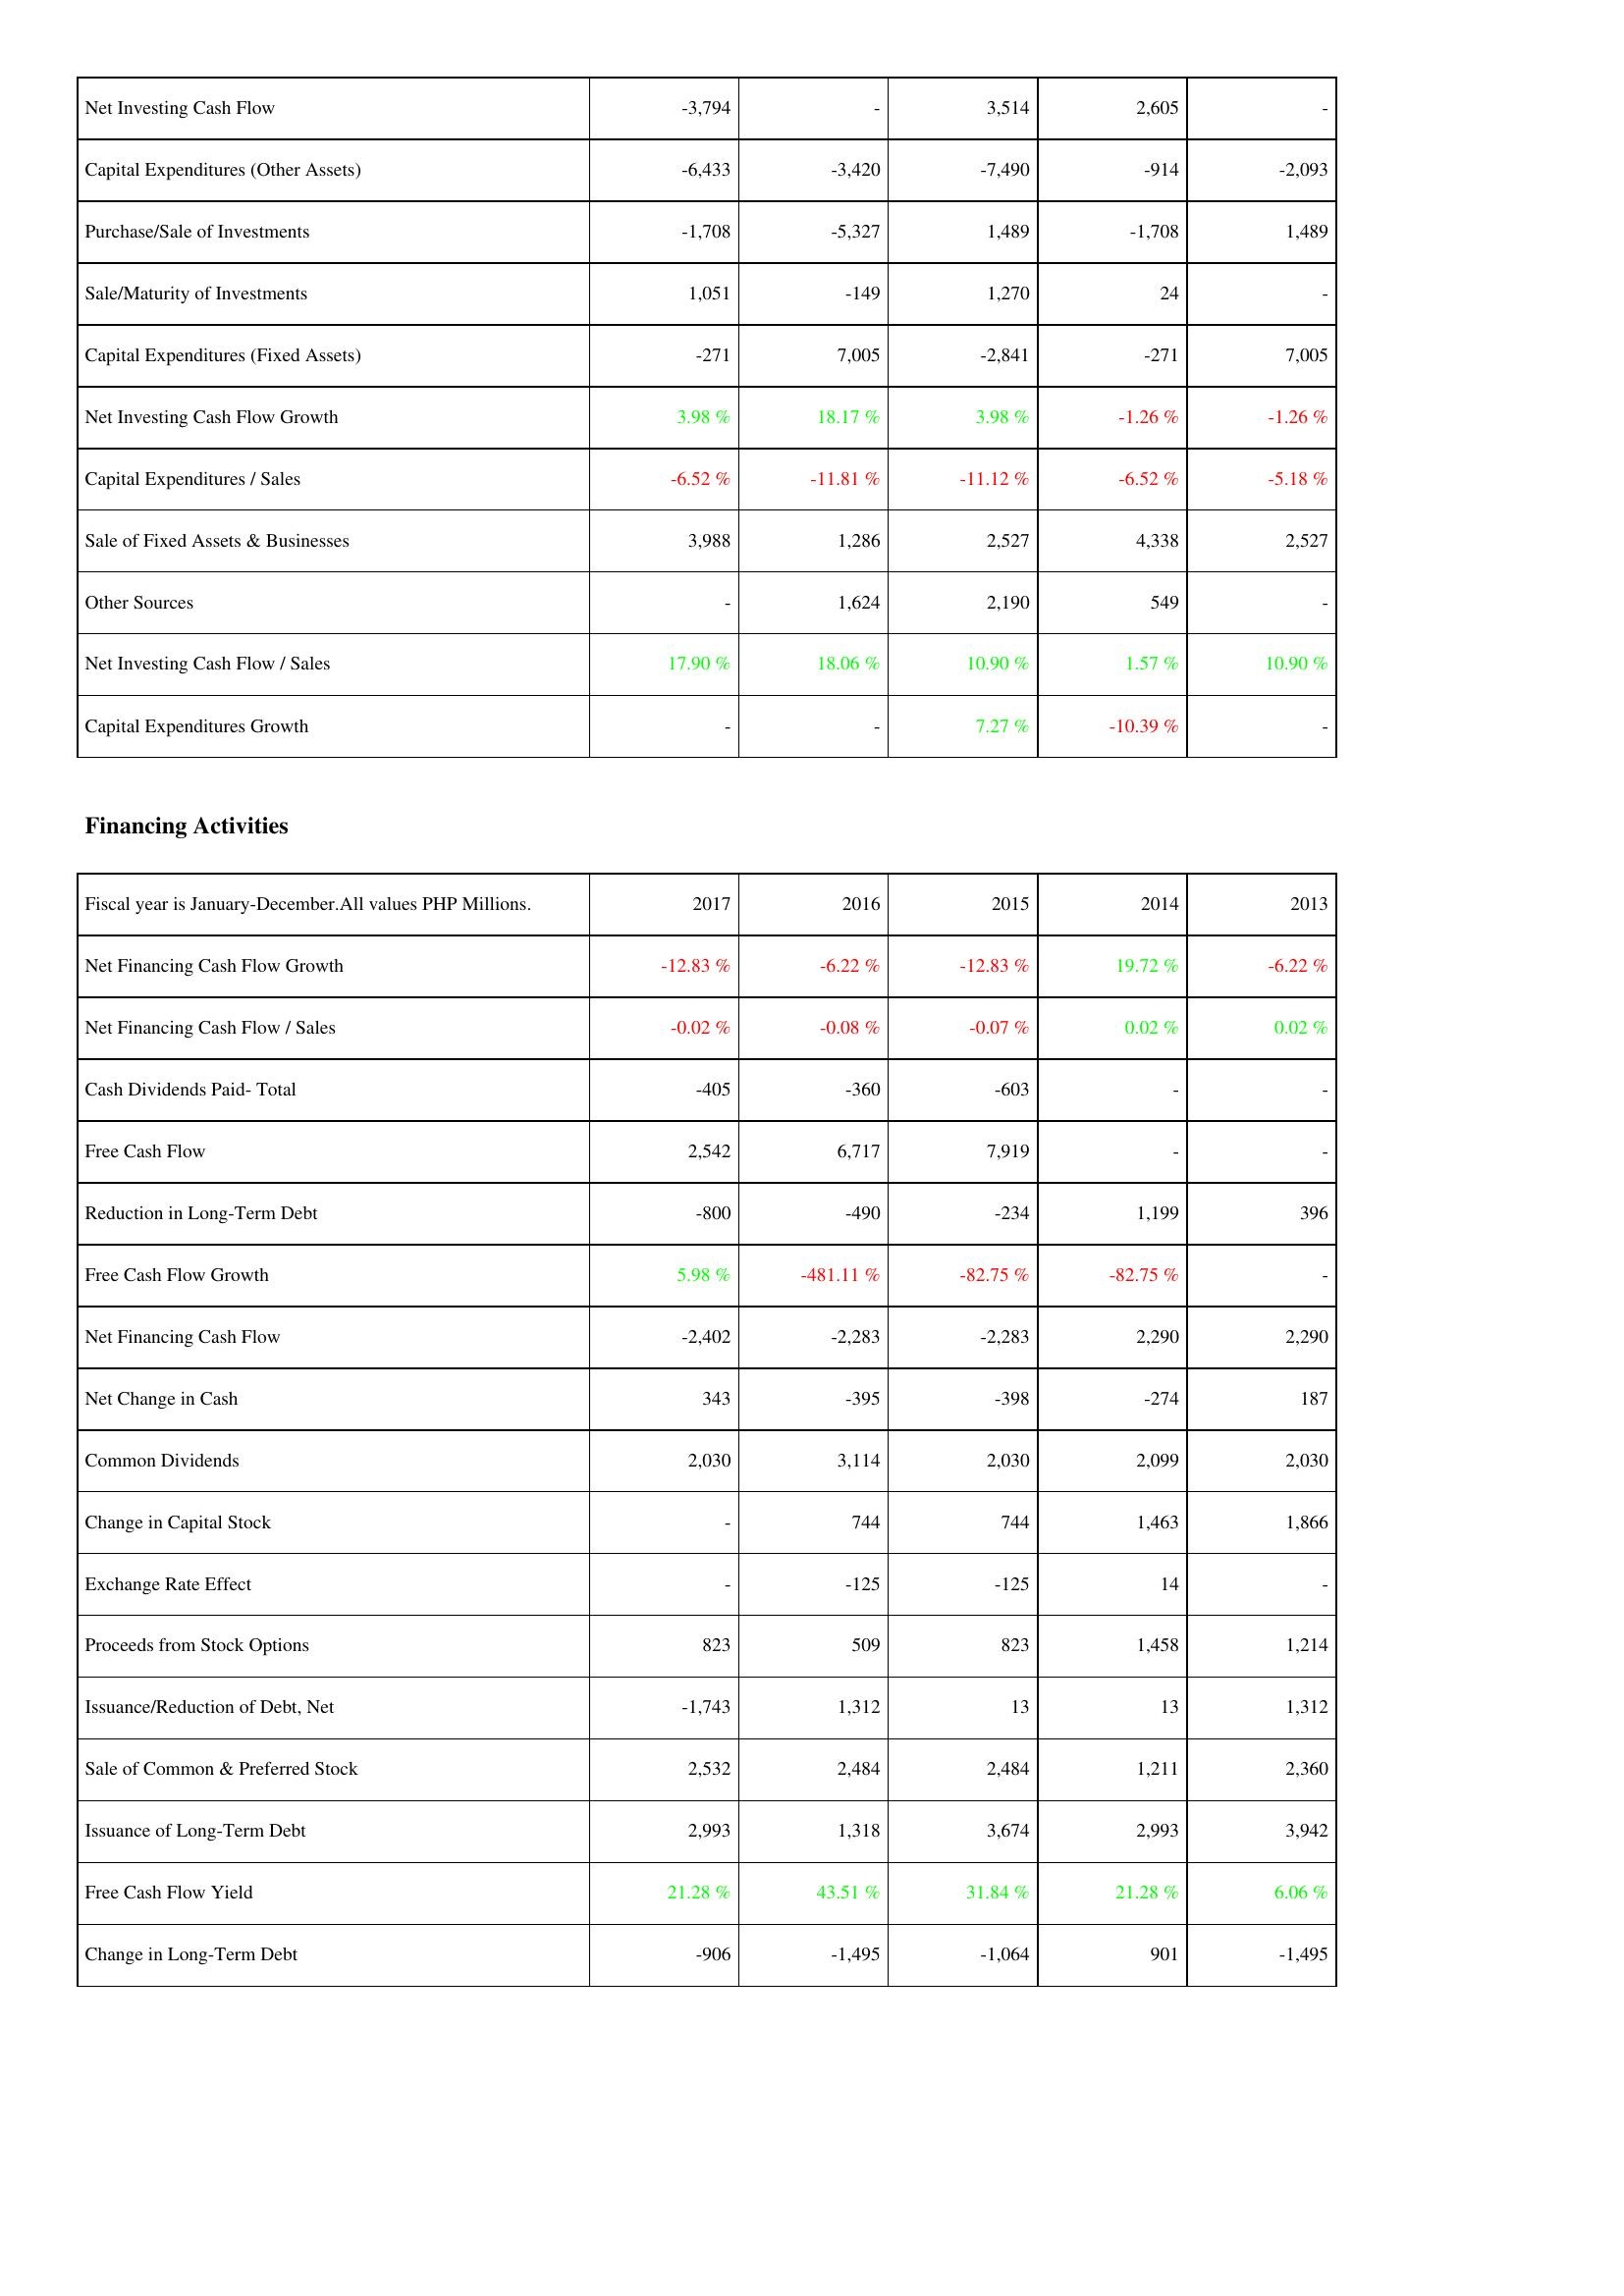
2017: Investing Activities: Net Investing Cash Flow: -3,794
Capital Expenditures (Other Assets): -6,433
Purchase/Sale of Investments: -1,708
Sale/Maturity of Investments: 1,051
Capital Expenditures (Fixed Assets): -271
Net Investing Cash Flow Growth: 3.98 %
Capital Expenditures / Sales: -6.52 %
Sale of Fixed Assets & Businesses: 3,988
Other Sources: -
Net Investing Cash Flow / Sales: 17.90 %
Capital Expenditures Growth: -
Financing Activities: Net Financing Cash Flow Growth: -12.83 %
Net Financing Cash Flow / Sales: -0.02 %
Cash Dividends Paid- Total: -405
Free Cash Flow: 2,542
Reduction in Long-Term Debt: -800
Free Cash Flow Growth: 5.98 %
Net Financing Cash Flow: -2,402
Net Change in Cash: 343
Common Dividends: 2,030
Change in Capital Stock: -
Exchange Rate Effect: -
Proceeds from Stock Options: 823
Issuance/Reduction of Debt, Net: -1,743
Sale of Common & Preferred Stock: 2,532
Issuance of Long-Term Debt: 2,993
Free Cash Flow Yield: 21.28 %
Change in Long-Term Debt: -906
2016: Investing Activities: Net Investing Cash Flow: -
Capital Expenditures (Other Assets): -3,420
Purchase/Sale of Investments: -5,327
Sale/Maturity of Investments: -149
Capital Expenditures (Fixed Assets): 7,005
Net Investing Cash Flow Growth: 18.17 %
Capital Expenditures / Sales: -11.81 %
Sale of Fixed Assets & Businesses: 1,286
Other Sources: 1,624
Net Investing Cash Flow / Sales: 18.06 %
Capital Expenditures Growth: -
Financing Activities: Net Financing Cash Flow Growth: -6.22 %
Net Financing Cash Flow / Sales: -0.08 %
Cash Dividends Paid- Total: -360
Free Cash Flow: 6,717
Reduction in Long-Term Debt: -490
Free Cash Flow Growth: -481.11 %
Net Financing Cash Flow: -2,283
Net Change in Cash: -395
Common Dividends: 3,114
Change in Capital Stock: 744
Exchange Rate Effect: -125
Proceeds from Stock Options: 509
Issuance/Reduction of Debt, Net: 1,312
Sale of Common & Preferred Stock: 2,484
Issuance of Long-Term Debt: 1,318
Free Cash Flow Yield: 43.51 %
Change in Long-Term Debt: -1,495
2015: Investing Activities: Net Investing Cash Flow: 3,514
Capital Expenditures (Other Assets): -7,490
Purchase/Sale of Investments: 1,489
Sale/Maturity of Investments: 1,270
Capital Expenditures (Fixed Assets): -2,841
Net Investing Cash Flow Growth: 3.98 %
Capital Expenditures / Sales: -11.12 %
Sale of Fixed Assets & Businesses: 2,527
Other Sources: 2,190
Net Investing Cash Flow / Sales: 10.90 %
Capital Expenditures Growth: 7.27 %
Financing Activities: Net Financing Cash Flow Growth: -12.83 %
Net Financing Cash Flow / Sales: -0.07 %
Cash Dividends Paid- Total: -603
Free Cash Flow: 7,919
Reduction in Long-Term Debt: -234
Free Cash Flow Growth: -82.75 %
Net Financing Cash Flow: -2,283
Net Change in Cash: -398
Common Dividends: 2,030
Change in Capital Stock: 744
Exchange Rate Effect: -125
Proceeds from Stock Options: 823
Issuance/Reduction of Debt, Net: 13
Sale of Common & Preferred Stock: 2,484
Issuance of Long-Term Debt: 3,674
Free Cash Flow Yield: 31.84 %
Change in Long-Term Debt: -1,064
2014: Investing Activities: Net Investing Cash Flow: 2,605
Capital Expenditures (Other Assets): -914
Purchase/Sale of Investments: -1,708
Sale/Maturity of Investments: 24
Capital Expenditures (Fixed Assets): -271
Net Investing Cash Flow Growth: -1.26 %
Capital Expenditures / Sales: -6.52 %
Sale of Fixed Assets & Businesses: 4,338
Other Sources: 549
Net Investing Cash Flow / Sales: 1.57 %
Capital Expenditures Growth: -10.39 %
Financing Activities: Net Financing Cash Flow Growth: 19.72 %
Net Financing Cash Flow / Sales: 0.02 %
Cash Dividends Paid- Total: -
Free Cash Flow: -
Reduction in Long-Term Debt: 1,199
Free Cash Flow Growth: -82.75 %
Net Financing Cash Flow: 2,290
Net Change in Cash: -274
Common Dividends: 2,099
Change in Capital Stock: 1,463
Exchange Rate Effect: 14
Proceeds from Stock Options: 1,458
Issuance/Reduction of Debt, Net: 13
Sale of Common & Preferred Stock: 1,211
Issuance of Long-Term Debt: 2,993
Free Cash Flow Yield: 21.28 %
Change in Long-Term Debt: 901
2013: Investing Activities: Net Investing Cash Flow: -
Capital Expenditures (Other Assets): -2,093
Purchase/Sale of Investments: 1,489
Sale/Maturity of Investments: -
Capital Expenditures (Fixed Assets): 7,005
Net Investing Cash Flow Growth: -1.26 %
Capital Expenditures / Sales: -5.18 %
Sale of Fixed Assets & Businesses: 2,527
Other Sources: -
Net Investing Cash Flow / Sales: 10.90 %
Capital Expenditures Growth: -
Financing Activities: Net Financing Cash Flow Growth: -6.22 %
Net Financing Cash Flow / Sales: 0.02 %
Cash Dividends Paid- Total: -
Free Cash Flow: -
Reduction in Long-Term Debt: 396
Free Cash Flow Growth: -
Net Financing Cash Flow: 2,290
Net Change in Cash: 187
Common Dividends: 2,030
Change in Capital Stock: 1,866
Exchange Rate Effect: -
Proceeds from Stock Options: 1,214
Issuance/Reduction of Debt, Net: 1,312
Sale of Common & Preferred Stock: 2,360
Issuance of Long-Term Debt: 3,942
Free Cash Flow Yield: 6.06 %
Change in Long-Term Debt: -1,495